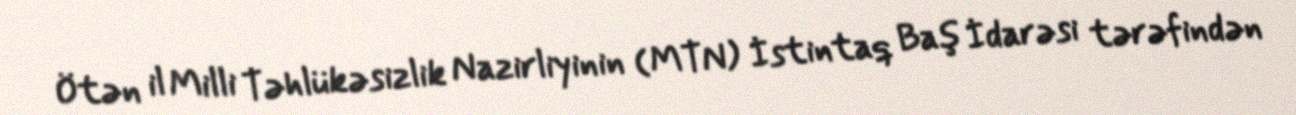
Ötən il Milli Təhlükəsizlik Nazirliyinin (MTN) İstintaq Baş İdarəsi tərəfindən